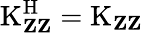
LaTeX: \operatorname{K}_{\mathbf{Z}\mathbf{Z}}^{\mathrm{H}}=\operatorname{K}_{\mathbf{Z}\mathbf{Z}}